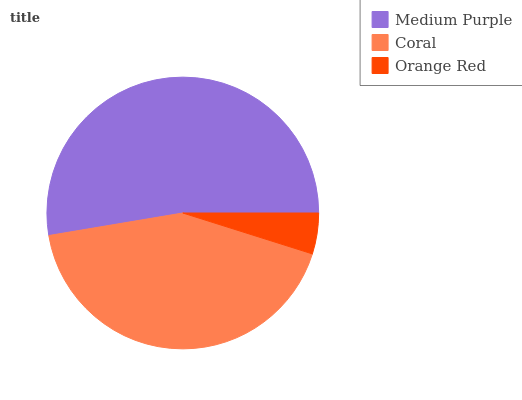
| Medium Purple | Coral | Orange Red |
 | --- | --- | --- |
 | 52.7% | 42.5% | 4.87% |